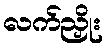
လက်ညှိုး